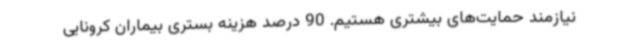
نیازمند حمایت‌های بیشتری هستیم. 90 درصد هزینه بستری بیماران کرونایی